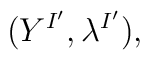
(Y^{I^{\prime}}, \lambda^{I^{\prime}}),